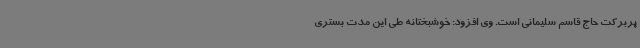
پربرکت حاج قاسم سلیمانی است. وی افزود: خوشبختانه طی این مدت بستری